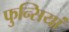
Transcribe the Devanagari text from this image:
फुन्सियां